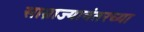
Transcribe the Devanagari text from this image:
साम्राज्यानंतरच्या